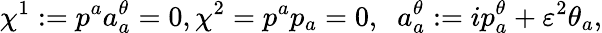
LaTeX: \chi^{1}:=p^{a}a_{a}^{\theta}=0,\chi^{2}=p^{a}p_{a}=0,\; \; a_{a}^{\theta}:=ip_{a}^{\theta}+\varepsilon^{2}\theta_{a},